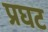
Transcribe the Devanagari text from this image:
प्रघट